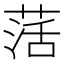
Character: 萿